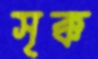
সৃক্ক